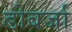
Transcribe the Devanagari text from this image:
डोबर्जा